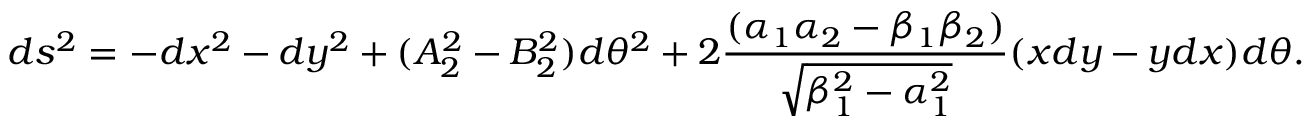
d s ^ { 2 } = - d x ^ { 2 } - d y ^ { 2 } + ( A _ { 2 } ^ { 2 } - B _ { 2 } ^ { 2 } ) d \theta ^ { 2 } + 2 { \frac { ( \alpha _ { 1 } \alpha _ { 2 } - \beta _ { 1 } \beta _ { 2 } ) } { \sqrt { \beta _ { 1 } ^ { 2 } - \alpha _ { 1 } ^ { 2 } } } } ( x d y - y d x ) d \theta .